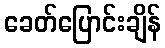
ခေတ်ပြောင်းချိန်